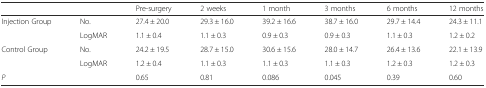
| <COLSPAN=2>  | Pre-surgery | 2 weeks | 1 month | 3 months | 6 months | 12 months |
 | --- | --- | --- | --- | --- | --- | --- | --- |
 | <ROWSPAN=2> Injection Group | No. | 27.4 ± 20.0 | 29.3 ± 16.0 | 39.2 ± 16.6 | 38.7 ± 16.0 | 29.7 ± 14.4 | 24.3 ± 11.1 |
 | LogMAR | 1.1 ± 0.4 | 1.1 ± 0.3 | 0.9 ± 0.3 | 0.9 ± 0.3 | 1.1 ± 0.3 | 1.2 ± 0.2 |
 | <ROWSPAN=2> Control Group | No. | 24.2 ± 19.5 | 28.7 ± 15.0 | 30.6 ± 15.6 | 28.0 ± 14.7 | 26.4 ± 13.6 | 22.1 ± 13.9 |
 | LogMAR | 1.2 ± 0.4 | 1.1 ± 0.3 | 1.1 ± 0.3 | 1.1 ± 0.3 | 1.2 ± 0.3 | 1.2 ± 0.3 |
 | P |  | 0.65 | 0.81 | 0.086 | 0.045 | 0.39 | 0.60 |